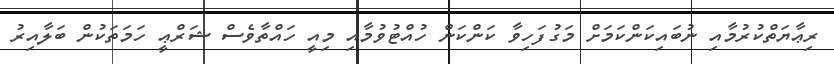
ރިޢާޔަތްކުރުމާއި ނުބައިކަންކަމަށް މަގުފަހިވާ ކަންކަން ހުއްޓުވުމާއި މިއީ ހައްތާވެސް ޝަރްޢީ ހަމަތަކުން ބަލާއިރު